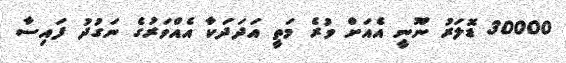
30000 ޑޮލަރު ނޫނީ އެއަށް ވުރެ މަތީ އަދަދަކާ އެއްވަރުގެ ނަގުދު ފައިސާ